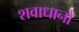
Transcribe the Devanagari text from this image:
शवाधानों